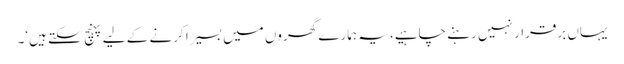
یہاں برقرار نہیں رہنے چاہیے، یہ ہمارے گھروں میں بسیرا کرنے کے لیے پہنچ سکتے ہیں‘۔